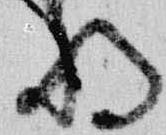
将